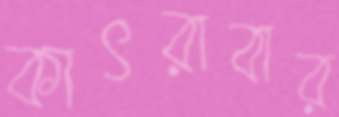
কাৎরাবার